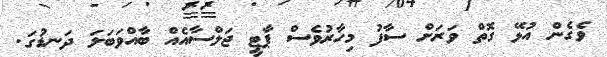
ވެގެން އުޅޭ ގޮތް ވަރަށް ސާފު މިހާރުވެސް ޕާޓީ ޖަލްސާއެއް ބާއްވަބަލަ ދަނޑުގަ.